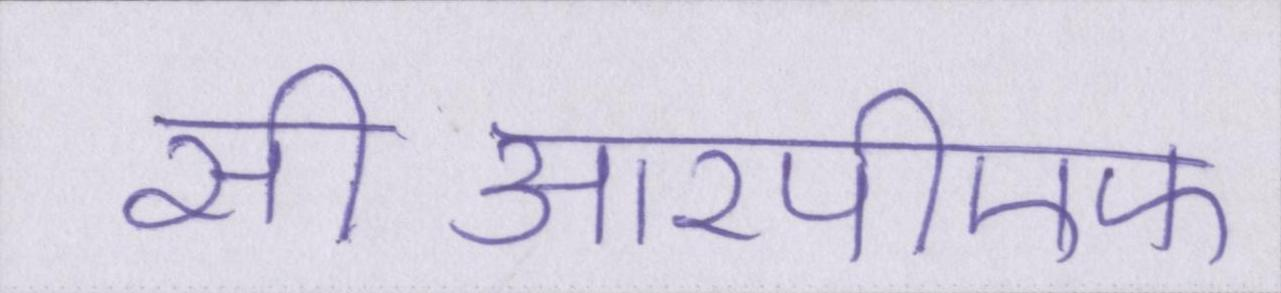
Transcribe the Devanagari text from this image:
सीआरपीएफ